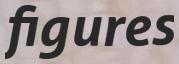
figures